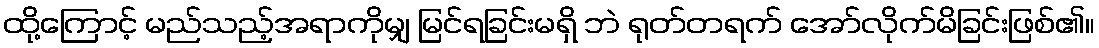
ထို့ကြောင့် မည်သည့်အရာကိုမျှ မြင်ရခြင်းမရှိ ဘဲ ရုတ်တရက် အော်လိုက်မိခြင်းဖြစ်၏။